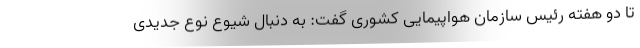
تا دو هفته رئیس سازمان هواپیمایی کشوری گفت: به دنبال شیوع نوع جدیدی